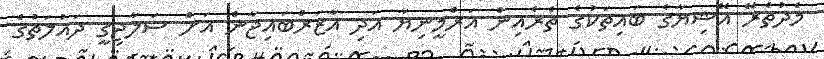
މެދުތެރޭ އޭޝިޔާގެ ބައިތަކުގެ ތެރެއިން އަރްމީނިޔާ އަދި އާޒަރްބައިޖާން އަށް ސަލާޖިޤީ ދައުލަތުގެ